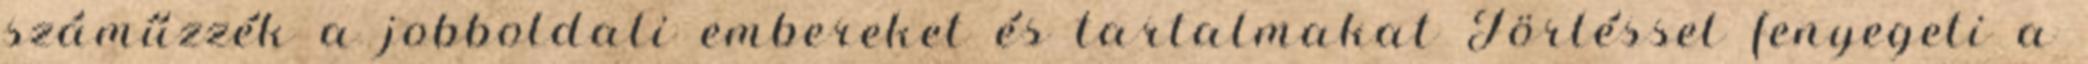
száműzzék a jobboldali embereket és tartalmakat Törléssel fenyegeti a